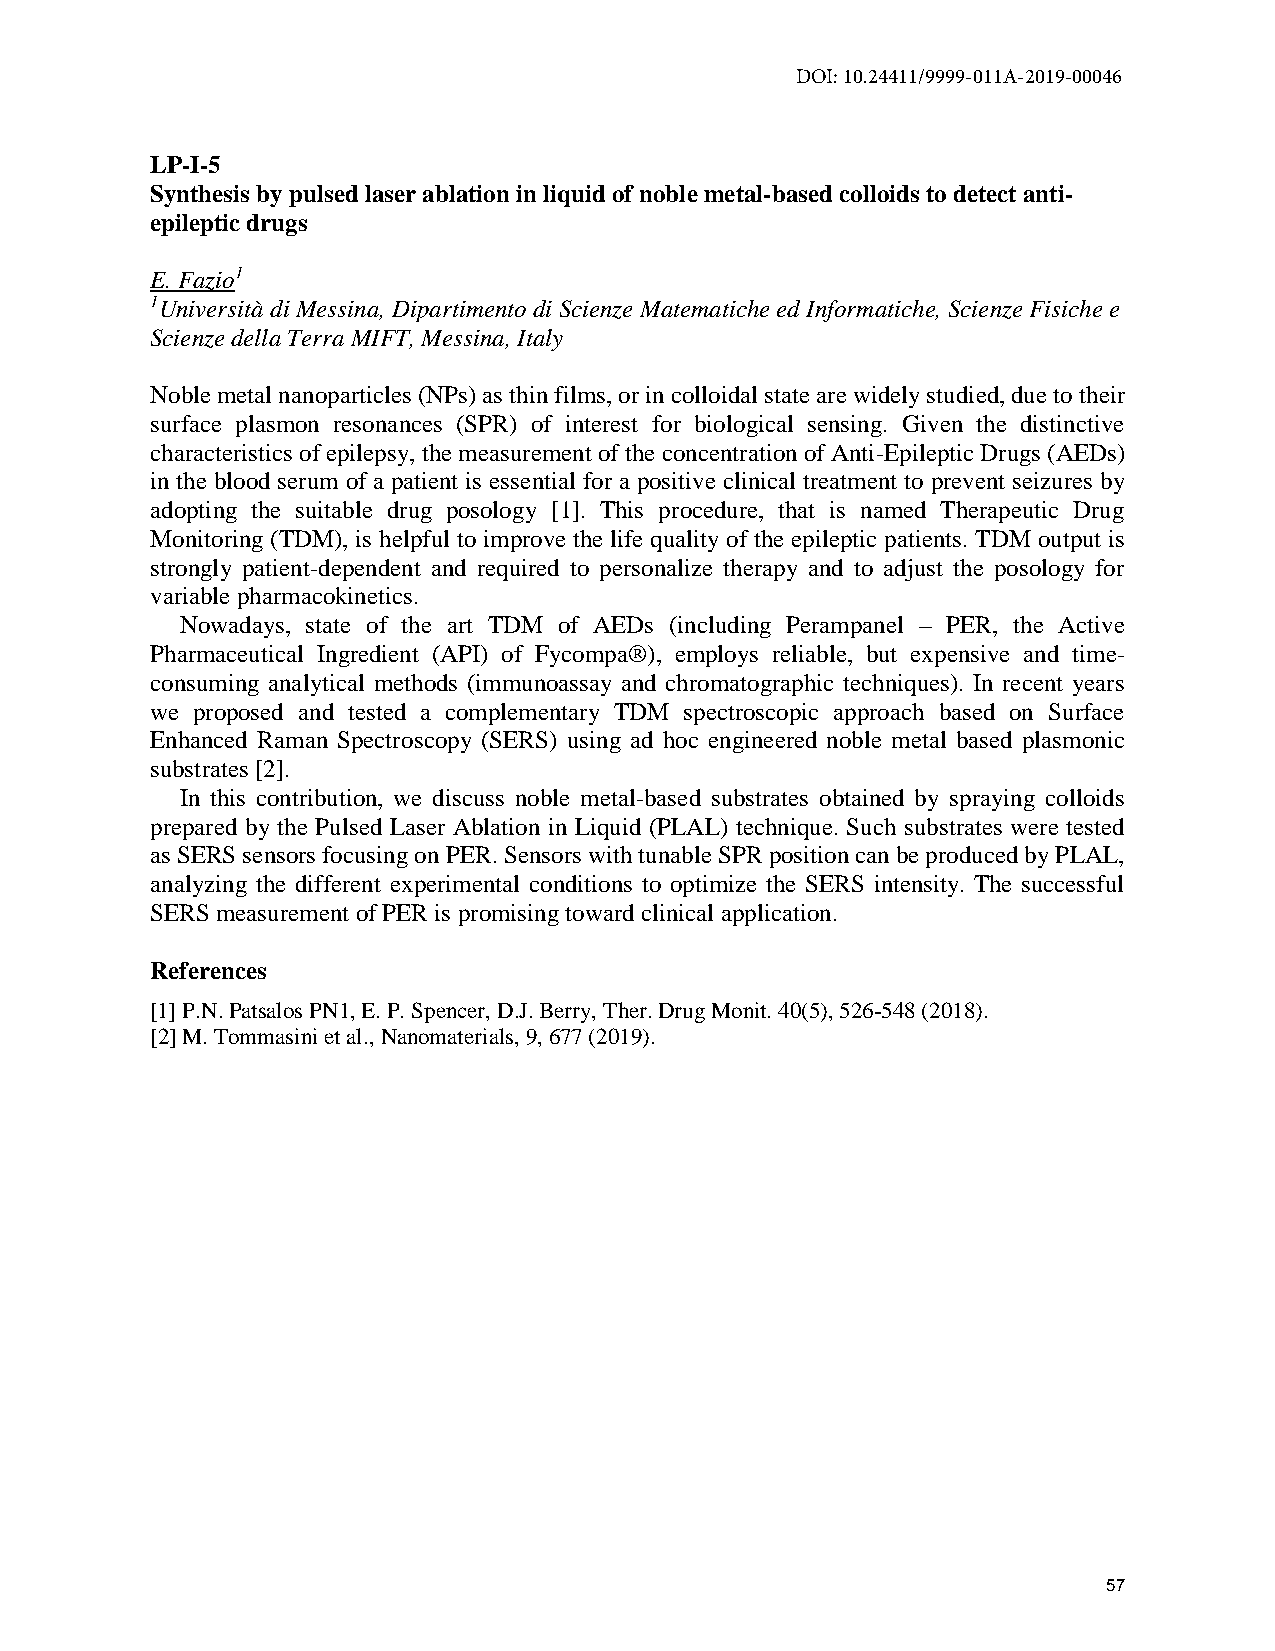
DOI: 10.24411/9999-011A-2019-00046
 LP-I-5
 Synthesis by pulsed laser ablation in liquid of noble metal-based colloids to detect anti-
 epileptic drugs
 E. Fazio1
 1Università di Messina, Dipartimento di Scienze Matematiche ed Informatiche, Scienze Fisiche e
 Scienze della Terra MIFT, Messina, Italy
 Noble metal nanoparticles (NPs) as thin films, or in colloidal state are widely studied, due to their
 surface plasmon resonances (SPR) of interest for biological sensing. Given the distinctive
 characteristics of epilepsy, the measurement of the concentration of Anti-Epileptic Drugs (AEDs)
 in the blood serum of a patient is essential for a positive clinical treatment to prevent seizures by
 adopting the suitable drug posology [1]. This procedure, that is named Therapeutic Drug
 Monitoring (TDM), is helpful to improve the life quality of the epileptic patients. TDM output is
 strongly patient-dependent and required to personalize therapy and to adjust the posology for
 variable pharmacokinetics.
 Nowadays, state of the art TDM of AEDs (including Perampanel – PER, the Active
 Pharmaceutical Ingredient (API) of Fycompa®), employs reliable, but expensive and time-
 consuming analytical methods (immunoassay and chromatographic techniques). In recent years
 we proposed and tested a complementary TDM spectroscopic approach based on Surface
 Enhanced Raman Spectroscopy (SERS) using ad hoc engineered noble metal based plasmonic
 substrates [2].
 In this contribution, we discuss noble metal-based substrates obtained by spraying colloids
 prepared by the Pulsed Laser Ablation in Liquid (PLAL) technique. Such substrates were tested
 as SERS sensors focusing on PER. Sensors with tunable SPR position can be produced by PLAL,
 analyzing the different experimental conditions to optimize the SERS intensity. The successful
 SERS measurement of PER is promising toward clinical application.
 References
 [1] P.N. Patsalos PN1, E. P. Spencer, D.J. Berry, Ther. Drug Monit. 40(5), 526-548 (2018).
 [2] M. Tommasini et al., Nanomaterials, 9, 677 (2019).
 57